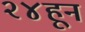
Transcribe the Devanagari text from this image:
२४हून